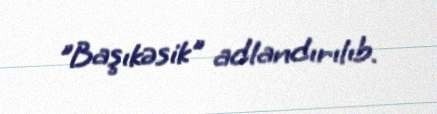
"Başıkəsik" adlandırılıb.